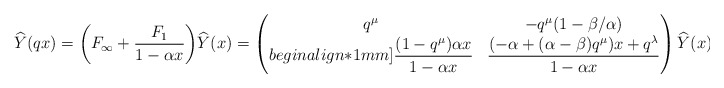
\begin{align*}\widehat{Y}(qx) &= \bigg(F_{\infty}+\frac{F_1}{1-\alpha x}\bigg) \widehat{Y}(x) = \begin{pmatrix} q^{\mu} & -q^{\mu} (1-\beta /\alpha ) \\begin{align*}1mm] \displaystyle \frac{(1-q^{\mu})\alpha x}{1-\alpha x} & \displaystyle \frac{(-\alpha +(\alpha - \beta)q^{\mu})x+q^{\lambda}}{1-\alpha x} \end{pmatrix} \widehat{Y}(x). \end{align*}